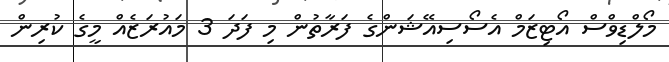
މޯލްޑިވްސް އޯޓިޒަމް އެސޯސިއޭޝަންގެ ފަރާތުން މި ފަދަ 3 މައުރަޒެއް މީގެ ކުރިން